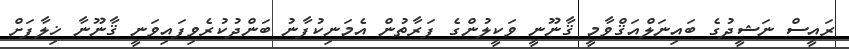
ރައީސް ނަޝީދުގެ ބައިނަލްއަޤްވާމީ ޤާނޫނީ ވަކީލުންގެ ފަރާތުން އެމަނިކުފާނު ބަންދުކުރެވިފައިވަނީ ޤާނޫނާ ޚިލާފަށް